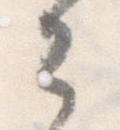
々